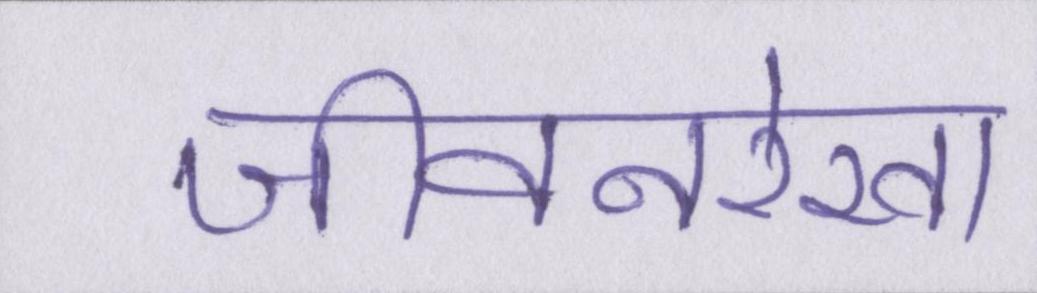
जीवनरेखा